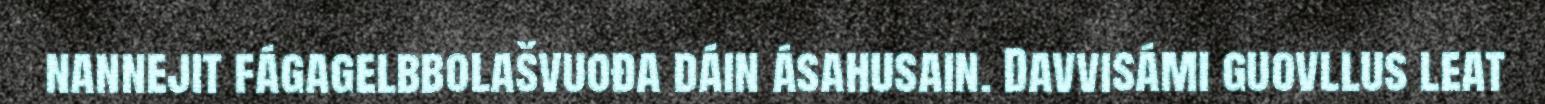
nannejit fágagelbbolašvuođa dáin ásahusain. Davvisámi guovllus leat